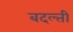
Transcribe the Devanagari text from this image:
बदल्ती